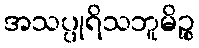
အသပ္ပုရိသဘူမိဉ္စ